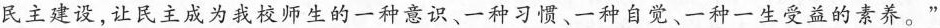
民主建设，让民主成为我校师生的一种意识、一种习惯、一种自觉、一种一生受益的素养。”